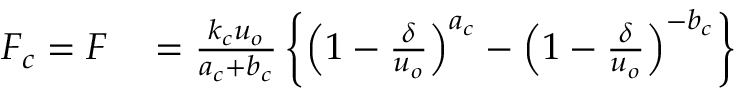
\begin{array} { r l } { F _ { c } = F } & { { } = \frac { k _ { c } u _ { o } } { a _ { c } + b _ { c } } \left\{ \left( 1 - \frac { \delta } { u _ { o } } \right) ^ { a _ { c } } - \left( 1 - \frac { \delta } { u _ { o } } \right) ^ { - b _ { c } } \right\} } \end{array}